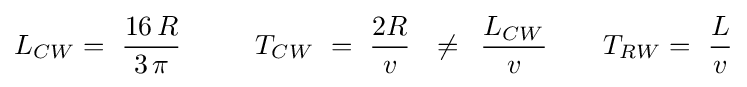
L_{CW}=\,\,{{16\,R} \over {3\,\pi }}\,\,\,\,\,\,\,\,\,\,\,\,\,\,\,\,T_{CW}\,\,=\,\,{{2R} \over v}\,\,\,\,\neq \,\,\,{{L_{CW}} \over v}\,\,\,\,\,\,\,\,\,\,\,\,T_{RW}=\,\,{L \over v}